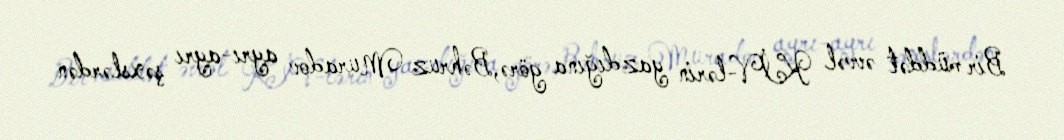
Bir müddət əvvəl KİV-lərin yazdığına görə,Bəhruz Muradov ayrı-ayrı şəxslərdən